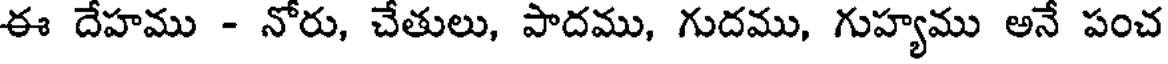
ఈ దేహము - నోరు, చేతులు, పాదము, గుదము, గుహ్యము అనే పంచ